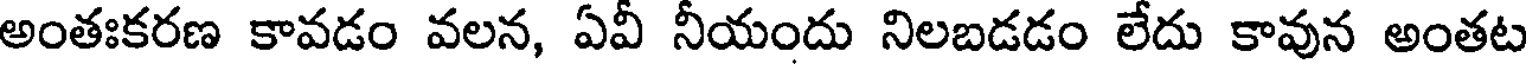
అంతఃకరణ కావడం వలన, ఏవీ నీయందు నిలబడడం లేదు కావున అంతట